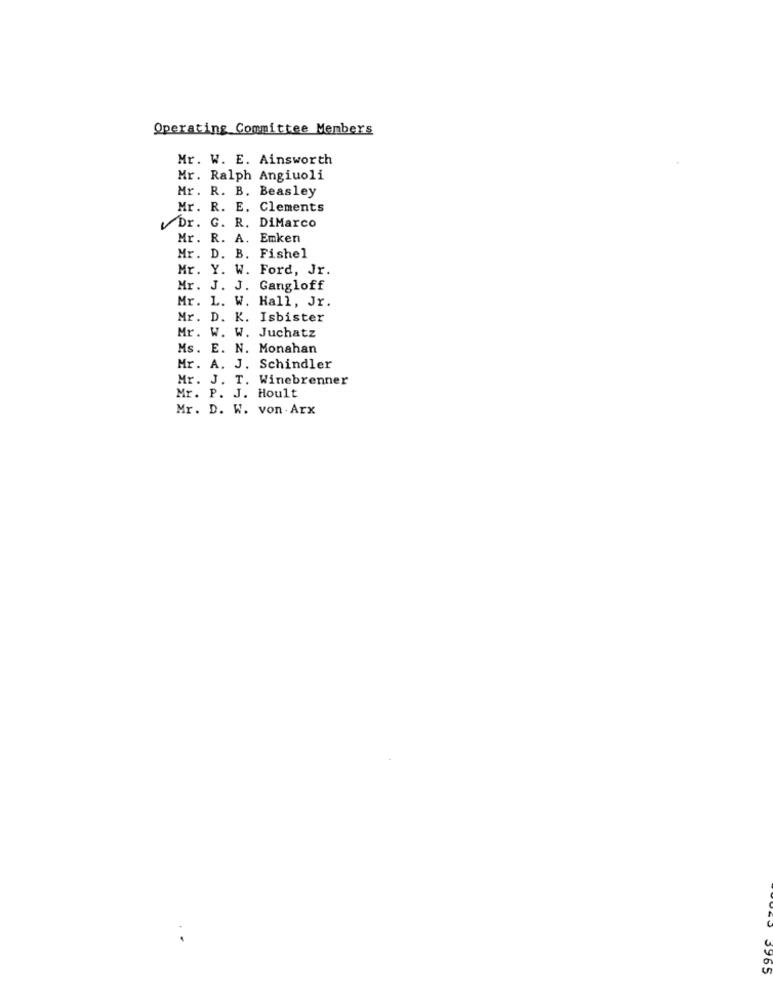
Operating Committee Members
Mr. W. E. Ainsworth
Mr. Ralph Angiuoli
Mr. R. B. Beasley
Mr. R. E. Clements
Dr. G. R. DiMarco
Mr. R. A. Emken
Mr. D. B. Fishel
Mr. Y. W. Ford, Jr.
Mr. J. J. Gangloff
Mr. L. W. Hall, Jr.
Mr. D. K. Isbister
Mr. W. W. Juchatz
Ms. E. N. Monahan
Mr. A. J. Schindler
Mr. J. T. Winebrenner
Mr. P. J. Hoult
Mr. D. W. von Arx
0